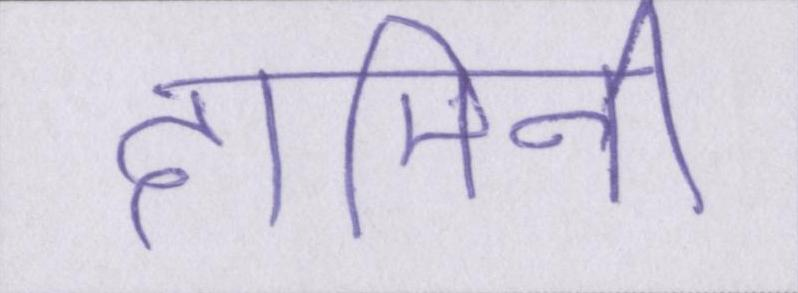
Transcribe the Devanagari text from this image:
दामिनी